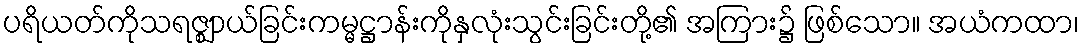
ပရိယတ်ကိုသရဇ္ဈာယ်ခြင်းကမ္မဋ္ဌာန်းကိုနှလုံးသွင်းခြင်းတို့၏ အကြား၌ ဖြစ်သော။ အယံကထာ၊